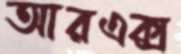
আরএক্স